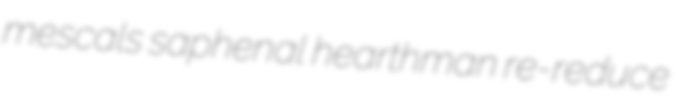
mescals saphenal hearthman re-reduce